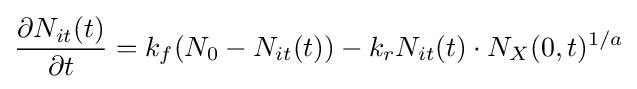
{\frac {\partial N_{it}(t)}{\partial t}}=k_{f}(N_{0}-N_{it}(t))-k_{r}N_{it}(t)\cdot N_{X}(0,t)^{1/a}